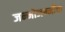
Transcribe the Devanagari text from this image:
जन्मोजन्मींचा